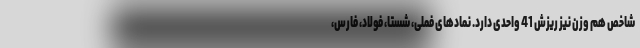
شاخص هم وزن نیز ریزش 41 واحدی دارد. نمادهای فملی، شستا، فولاد، فارس،